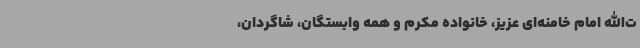
ت‌الله امام خامنه‌ای عزیز، خانواده مکرم و همه وابستگان، شاگردان،